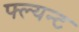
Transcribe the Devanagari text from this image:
फ्ल्यन्ट